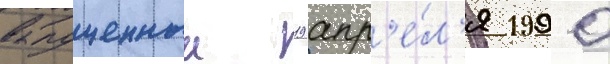
выпущенныи 19 апр'е́л'я 1990